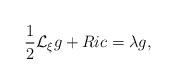
LaTeX: \begin{align*}\frac{1}{2}{\mathcal L}_{\xi }g+Ric=\lambda g,\end{align*}